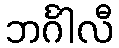
ဘင်္ဂါလီ